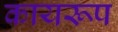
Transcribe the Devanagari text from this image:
कायरूप